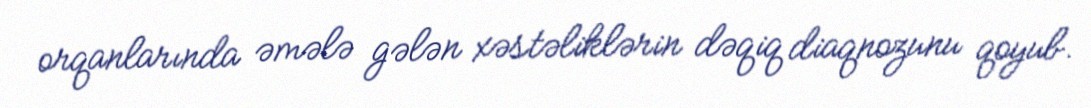
orqanlarında əmələ gələn xəstəliklərin dəqiq diaqnozunu qoyub.